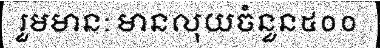
រួមមាន: មានលុយចំនួន៥០០